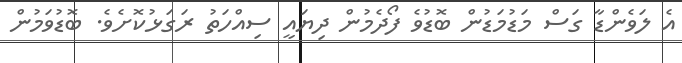
އެ ލަވެންޑާ ގަސް މަޑުމަޑުން ބޮޑުވެ ފޯދެމުން ދިޔައީ ސިއްހަތު ރަގަޅުކޮށެވެ. ބޮޑުވަމުން